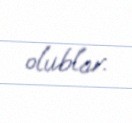
olublar.